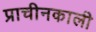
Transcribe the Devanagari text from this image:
प्राचीनकाली